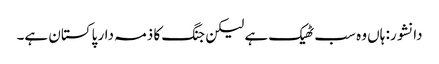
دانشور: ہاں وہ سب ٹھیک ہے لیکن جنگ کا ذمہ دار پاکستان ہے۔